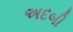
અદબી